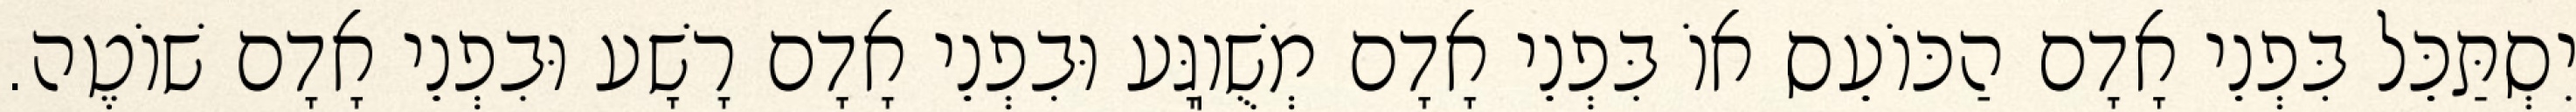
יִסְתַּכֵּל בִּפְנֵי אָדָם הַכּוֹעֵס אוֹ בִּפְנֵי אָדָם מְשֻׁוֽגָּע וּבִפְנֵי אָדָם רָשָׁע וּבִפְנֵי אָדָם שׁוֹטֶה.